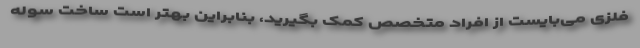
فلزی می‌بایست از افراد متخصص کمک بگیرید، بنابراین بهتر است ساخت سوله